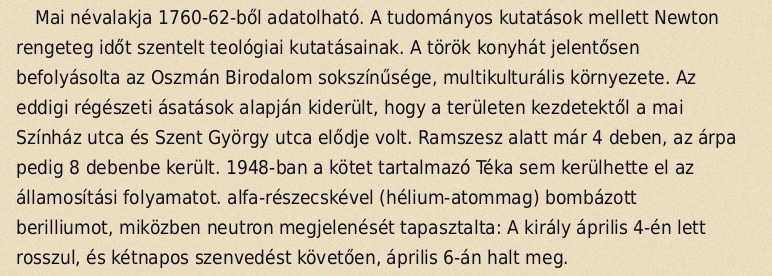
Mai névalakja 1760-62-ből adatolható. A tudományos kutatások mellett Newton rengeteg időt szentelt teológiai kutatásainak. A török konyhát jelentősen befolyásolta az Oszmán Birodalom sokszínűsége, multikulturális környezete. Az eddigi régészeti ásatások alapján kiderült, hogy a területen kezdetektől a mai Színház utca és Szent György utca elődje volt. Ramszesz alatt már 4 deben, az árpa pedig 8 debenbe került. 1948-ban a kötet tartalmazó Téka sem kerülhette el az államosítási folyamatot. alfa-részecskével (hélium-atommag) bombázott berilliumot, miközben neutron megjelenését tapasztalta: A király április 4-én lett rosszul, és kétnapos szenvedést követően, április 6-án halt meg.